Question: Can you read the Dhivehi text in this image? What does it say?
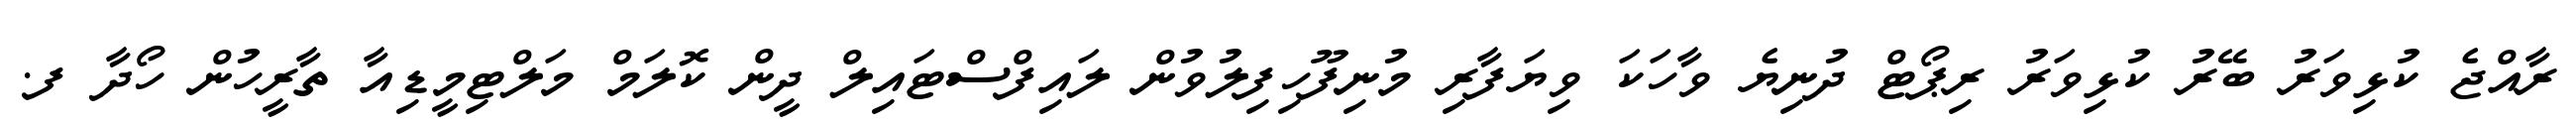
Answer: ރާއްޖެ ކުޅިވަރު ބޭރު ކުޅިވަރު ރިޕޯޓް ދުނިޔެ ވާހަކަ ވިޔަފާރި މުނިފޫހިފިލުވުން ލައިފްސްޓައިލް ދީން ކޮލަމް މަލްޓިމީޑިއާ ތާރީހުން ހޯދާ ފ.